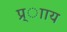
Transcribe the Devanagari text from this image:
प्र्ााय